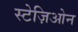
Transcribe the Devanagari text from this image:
स्टेज़िओन